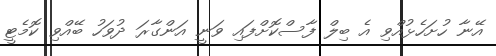
އޭނާ ހުށަހެޅުއްވި އެ ބިލް ފާސްކޮށްފައި ވަނީ އަންގާރަ ދުވަހު ބޭއްވި ކޮމެޓީ